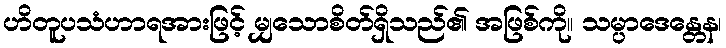
ဟိတူပသံဟာရအားဖြင့် မျှသောစိတ်ရှိသည်၏ အဖြစ်ကို။ သမ္ပာဒေန္တေန၊